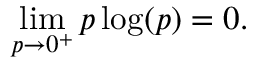
\operatorname* { l i m } _ { p \to 0 ^ { + } } p \log ( p ) = 0 .